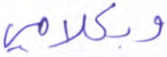
وبكلامي